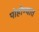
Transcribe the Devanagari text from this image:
पोहोण्यात